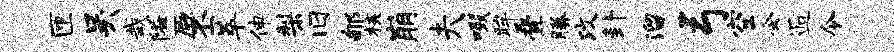
匝吴哉隘厥丕萃伸梨旧郇核崩夫啜眸叠腾攻卦溜弓空会逅令